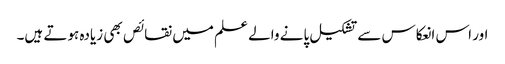
اور اس انعکاس سے تشکیل پانے والے علم میں نقائص بھی زیادہ ہوتے ہیں۔